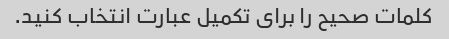
کلمات صحیح را برای تکمیل عبارت انتخاب کنید.